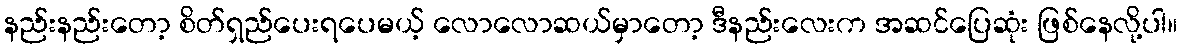
နည်းနည်းတော့ စိတ်ရှည်ပေးရပေမယ့် လောလောဆယ်မှာတော့ ဒီနည်းလေးက အဆင်ပြေဆုံး ဖြစ်နေလို့ပါ။